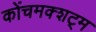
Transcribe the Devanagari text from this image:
कोंचमक्शट्म